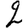
Digit: 2